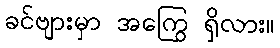
ခင်ဗျားမှာ အကြွေ ရှိလား။